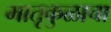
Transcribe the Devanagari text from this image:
मातृकुळाचा